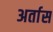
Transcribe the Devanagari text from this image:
अर्तास